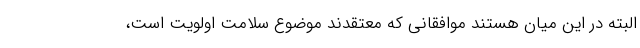
البته در این میان هستند موافقانی که معتقدند موضوع سلامت اولویت است،